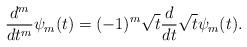
LaTeX: \begin{align*}\frac{d^m}{dt^m} \psi_m(t)= (-1)^m \sqrt{t}\frac{d}{dt} \sqrt{t} \psi_m(t).\end{align*}